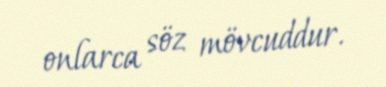
onlarca söz mövcuddur.